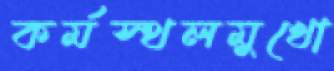
কর্মস্থলমুখো